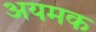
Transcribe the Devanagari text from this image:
अयमक